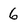
Character: 6